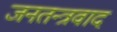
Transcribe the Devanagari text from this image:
जनतन्त्रवाद